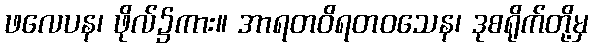
ဖလေပန၊ ဖိုလ်၌ကား။ အာရတဝိရတဝသေန၊ ဒုစရိုက်တို့မှ